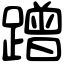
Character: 蹭